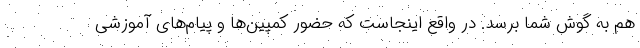
هم به گوش شما برسد. در واقع اینجاست که حضور کمپین‌ها و پیام‌های آموزشی